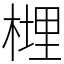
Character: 榸